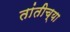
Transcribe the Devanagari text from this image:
तांतीच्या